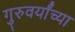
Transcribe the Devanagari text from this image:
गुरुवर्यांच्या